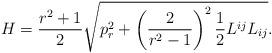
LaTeX: \begin{align*}H=\frac{r^2+1}2\sqrt{p_r^2+\left( \frac 2{r^2-1}\right) ^2\frac12L^{ij}L_{ij}}.\end{align*}